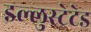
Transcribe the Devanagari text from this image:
इल्लुस्ट्रेटेड